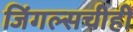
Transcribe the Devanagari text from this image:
जिंगल्सचीही